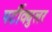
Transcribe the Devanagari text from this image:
पर्टीक्युलर